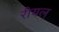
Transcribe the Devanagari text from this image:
रीयल्